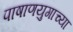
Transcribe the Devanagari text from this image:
पाषाणयुगाच्या